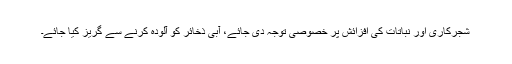
شجرکاری اور نباتات کی افزائش پر خصوصی توجہ دی جائے، آبی ذخائر کو آلودہ کرنے سے گریز کیا جائے۔